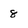
Character: 8